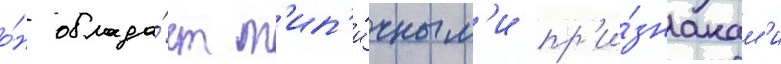
о́н облада́ет т'ип'и́чным'и пр'и́знакам'и